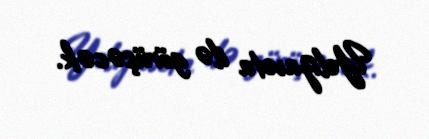
Yelizaveta ilə görüşəcək.